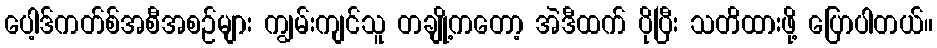
ပေါ့ဒ်ကတ်စ်အစီအစဉ်များ ကျွမ်းကျင်သူ တချို့ကတော့ အဲဒီထက် ပိုပြီး သတိထားဖို့ ပြောပါတယ်။